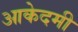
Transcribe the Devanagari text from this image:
आकेदमी